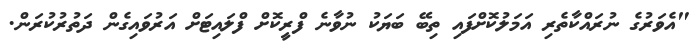
"އެވަރުގެ ނުރައްކާތެރި އަމަލުކޮށްފައި ތިބޭ ބަޔަކު ނުވާނެ ފްރީކޮށް ފްލައިޓަށް އަރުވައިގެން ދަތުރުކުރަން.